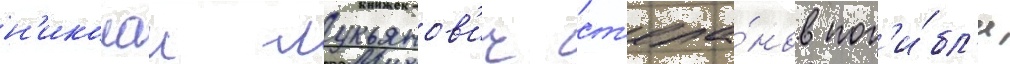
н'иколаи лукьянов'ич ст'епа́нов пог'и́бл'и